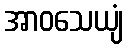
အာဝသေယျံ